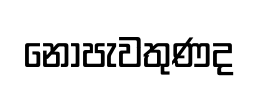
නොපැවතුණද